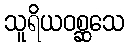
သူရိယဝစ္ဆသေ